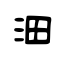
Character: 沺